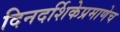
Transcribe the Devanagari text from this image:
दिनदर्शिकेप्रमाणेच